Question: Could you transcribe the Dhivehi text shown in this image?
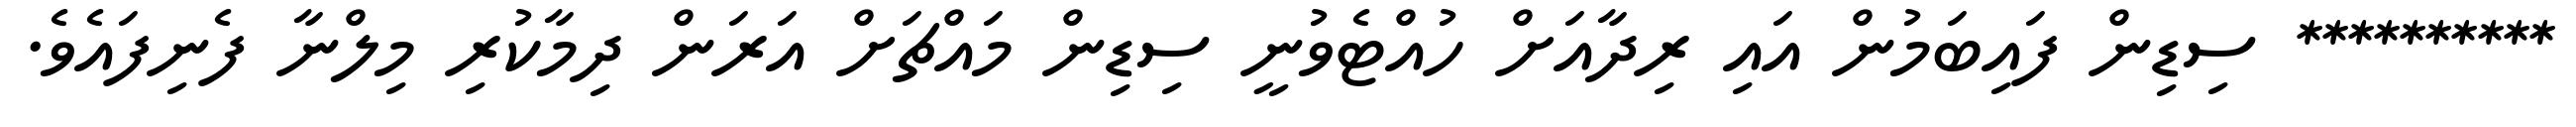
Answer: ********** ސިޑިން ފައިބަމުން އައި ރިދާއަށް ހުއްޓެވުނީ ސިޑިން މައްޗަށް އަރަން ދިމާކުރި މިލްނާ ފެނިފައެވެ.